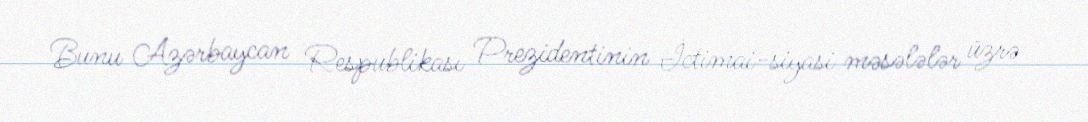
Bunu Azərbaycan Respublikası Prezidentinin İctimai-siyasi məsələlər üzrə